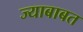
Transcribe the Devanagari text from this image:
ज्याबाबत